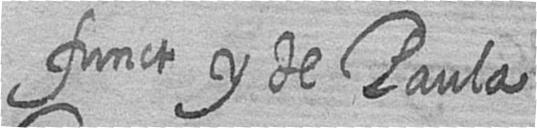
funct y de Paula